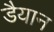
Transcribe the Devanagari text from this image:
डैयान